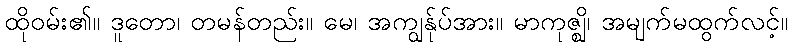
ထိုဝမ်း၏။ ဒူတော၊ တမန်တည်း။ မေ၊ အကျွန်ုပ်အား။ မာကုဇ္ဈိ၊ အမျက်မထွက်လင့်။